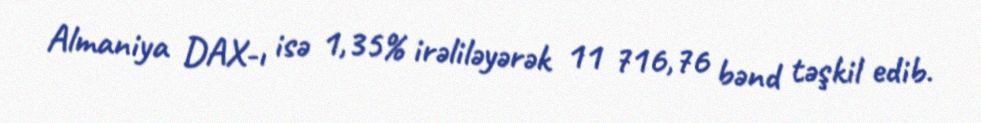
Almaniya DAX-ı isə 1,35% irəliləyərək 11 716,76 bənd təşkil edib.